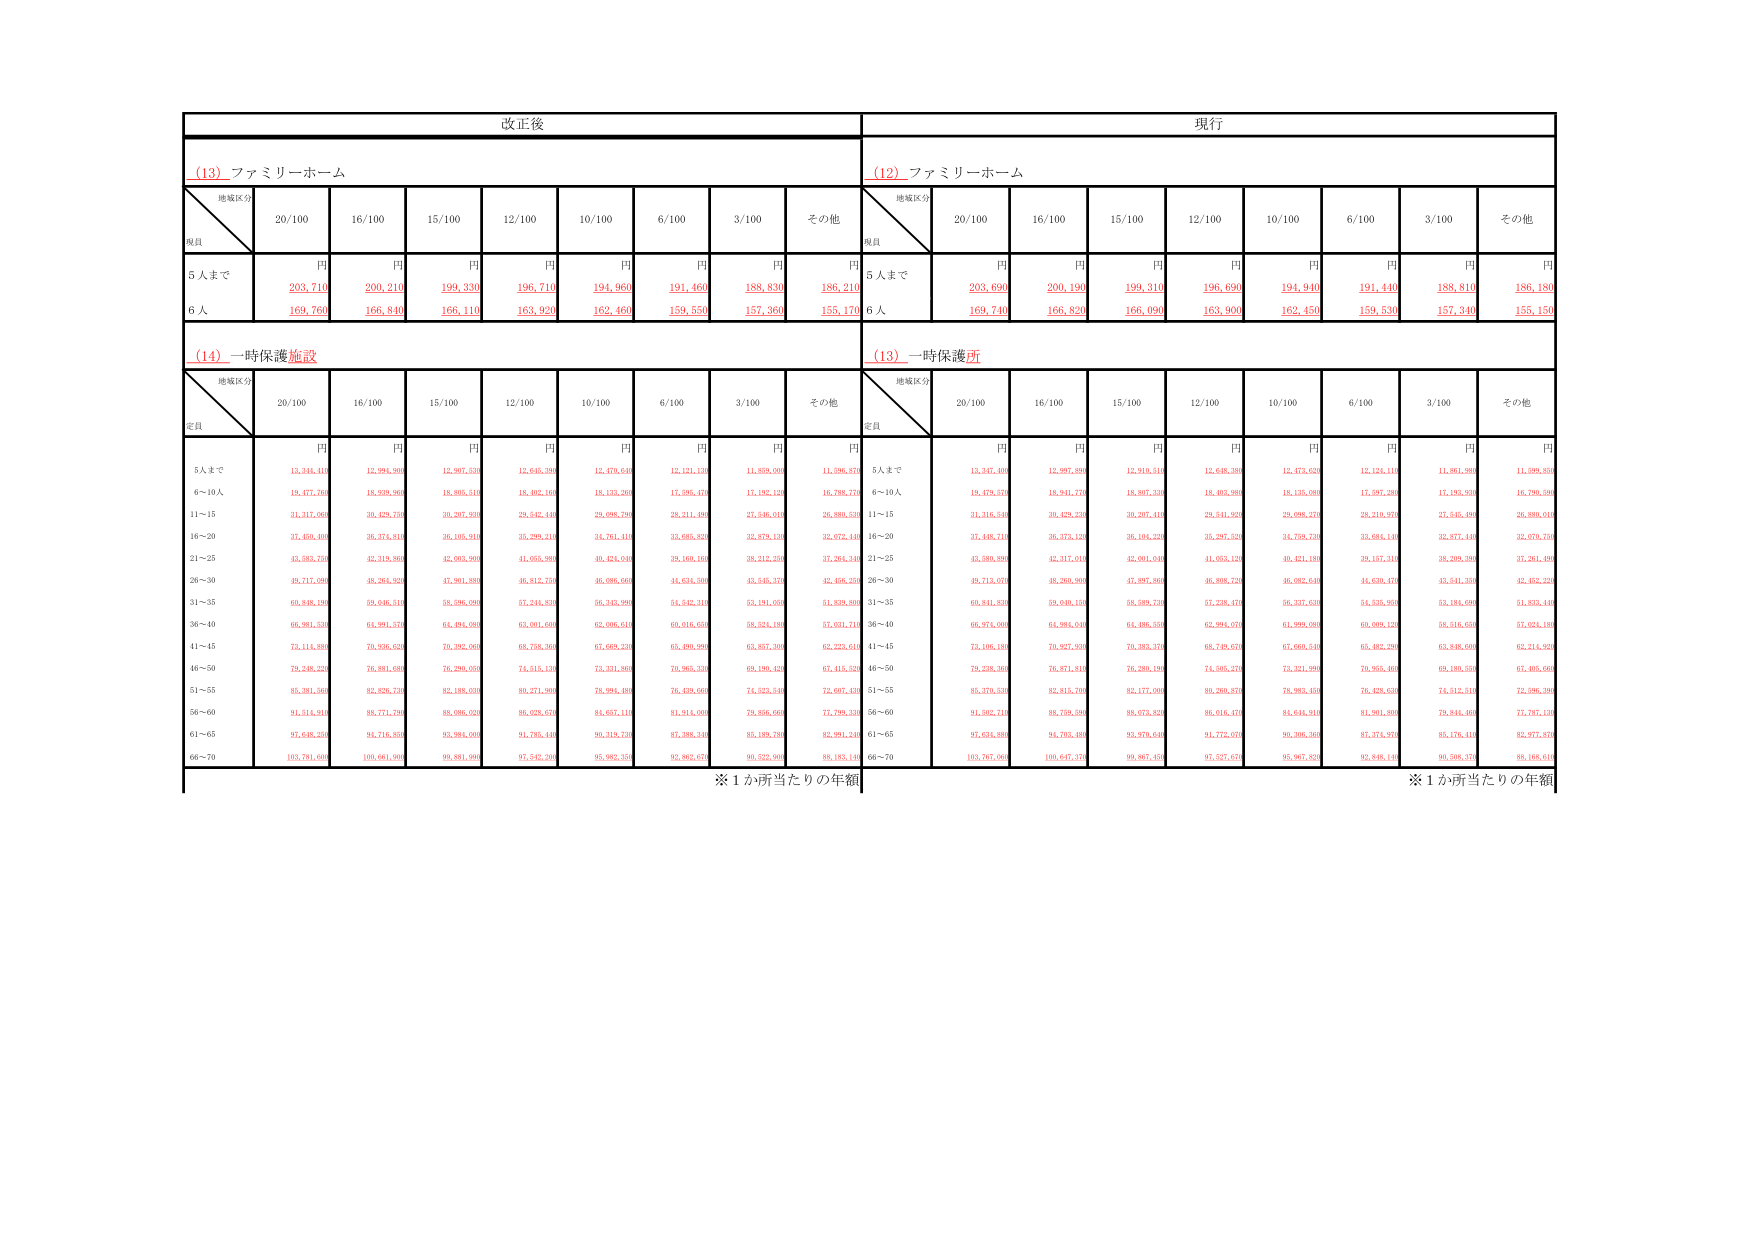
改正後
現行
(13) ファミリーホーム
(12) ファミリーホーム
地域区分
定員
20/100
16/100
15/100
12/100
10/100
6/100
3/100
その他
地域区分
定員
20/100
16/100
15/100
12/100
10/100
6/100
3/100
その他
円
円
円
円
円
円
円
円
円
円
円
円
円
円
円
円
円
円
5人まで
203,710
200,210
199,330
196,710
194,960
191,460
188,830
186,210
5人まで
203,690
200,190
199,310
196,690
194,940
191,440
188,810
186,180
6人
169,760
166,840
166,110
163,920
162,460
159,550
157,360
155,170
6人
169,740
166,820
166,090
163,900
162,450
159,530
157,340
155,150
(14) 一時保護施設
(13) 一時保護所
地域区分
定員
20/100
16/100
15/100
12/100
10/100
6/100
3/100
その他
地域区分
定員
20/100
16/100
15/100
12/100
10/100
6/100
3/100
その他
円
円
円
円
円
円
円
円
円
円
円
円
円
円
円
円
円
円
5人まで
13,344,410
12,994,990
12,907,530
12,645,380
12,470,640
12,127,130
11,859,000
11,596,870
5人まで
13,347,400
12,997,880
12,910,510
12,648,360
12,473,620
12,124,110
11,861,980
11,599,850
6～10人
19,477,760
18,929,960
18,805,510
18,402,160
18,133,560
17,585,470
17,192,120
16,788,770
6～10人
19,479,570
18,941,770
18,807,330
18,403,980
18,135,380
17,597,290
17,193,940
16,790,590
11～15
31,317,060
30,429,750
30,207,930
29,642,440
29,098,790
28,211,480
27,546,010
26,880,630
11～15
31,316,540
30,429,230
30,207,410
29,641,920
29,098,270
28,210,970
27,545,490
26,880,010
16～20
37,460,400
36,374,810
36,105,910
35,299,510
34,761,410
33,685,820
32,879,120
32,072,440
16～20
37,448,710
36,373,120
36,104,220
35,297,820
34,759,730
33,684,140
32,877,440
32,070,750
21～25
43,583,730
42,319,880
42,003,900
41,055,980
40,424,500
39,160,160
38,212,250
37,264,340
21～25
43,580,890
42,317,040
42,001,040
41,053,120
40,421,640
39,157,310
38,209,390
37,261,480
26～30
49,717,090
48,264,920
47,901,880
46,812,750
46,086,660
44,634,590
43,545,370
42,456,250
26～30
49,713,070
48,260,900
47,897,860
46,808,730
46,082,640
44,630,470
43,541,350
42,452,230
31～35
60,848,190
59,036,310
58,596,090
57,244,830
56,343,990
54,532,710
53,191,050
51,839,800
31～35
60,841,830
59,030,150
58,589,730
57,238,470
56,337,630
54,535,950
53,194,090
51,833,440
36～40
66,981,830
64,991,570
64,484,080
63,001,600
62,006,610
60,016,050
58,524,180
57,031,710
36～40
66,974,000
64,984,040
64,486,550
62,994,070
61,999,080
60,009,120
58,516,650
57,024,180
41～45
73,114,880
70,936,620
70,352,060
68,758,360
67,669,230
65,490,990
63,857,300
62,223,610
41～45
73,106,180
70,927,930
70,383,370
68,740,670
67,660,540
65,482,290
63,848,600
62,214,900
46～50
79,248,220
76,881,680
76,290,050
74,515,130
73,331,860
70,965,330
69,190,420
67,415,520
46～50
79,238,360
76,871,810
76,280,180
74,505,270
73,321,990
70,955,460
69,180,550
67,405,660
51～55
85,381,560
82,826,730
82,188,030
80,271,900
78,994,480
76,439,660
74,523,540
72,607,430
51～55
85,379,530
82,815,700
82,177,000
80,260,870
78,983,450
76,428,630
74,512,510
72,596,390
56～60
91,514,910
88,771,790
88,086,020
86,028,670
84,657,110
81,914,000
79,856,660
77,799,330
56～60
91,502,710
88,759,590
88,073,820
86,016,470
84,644,910
81,901,800
79,844,460
77,787,130
61～65
97,648,250
94,716,850
93,984,000
91,785,440
90,319,730
87,388,340
85,189,780
82,991,240
61～65
97,634,880
94,705,480
94,970,640
91,772,070
90,306,360
87,374,970
85,176,410
82,977,870
66～70
103,791,600
100,661,900
99,881,990
97,542,200
95,982,350
92,852,670
90,522,900
88,183,140
66～70
103,767,060
100,647,370
99,867,450
97,527,670
95,967,820
92,848,140
90,508,370
88,168,610
※1か所当たりの年額
※1か所当たりの年額